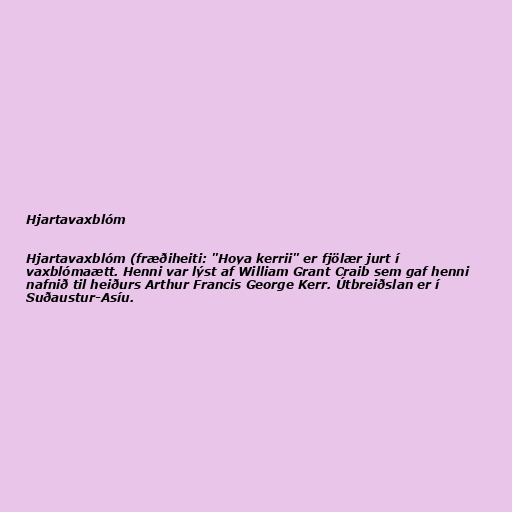
Hjartavaxblóm

Hjartavaxblóm (fræðiheiti: "Hoya kerrii" er fjölær jurt í
vaxblómaætt. Henni var lýst af William Grant Craib sem gaf henni
nafnið til heiðurs Arthur Francis George Kerr. Útbreiðslan er í
Suðaustur-Asíu.